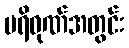
ပရိဝုဏ်အတွင်း